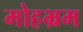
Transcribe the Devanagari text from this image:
मोहभ्रम